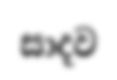
සාදව